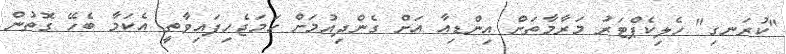
"ކުރަނގި" ހެލިކެޕްޓަރު މަރާމާތަށް އިންޑިއާ އަށް ގެންދިއުމަށް ހަމަޖެހިފައިވާތީ އެެކަމާ ބެހޭ ގޮތުން